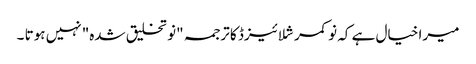
میرا خیال ہے کہ نو کمرشلائیزڈ کا ترجمہ "نو تخلیق شدہ" نہیں ہوتا ۔